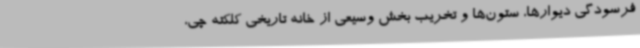
فرسودگی دیوارها، ستون‌ها و تخریب بخش وسیعی از خانه تاریخی کلکته چی،